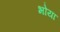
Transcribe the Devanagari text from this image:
भोया